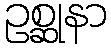
ဥစ္ဆုနာ